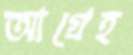
আগ্রেহ